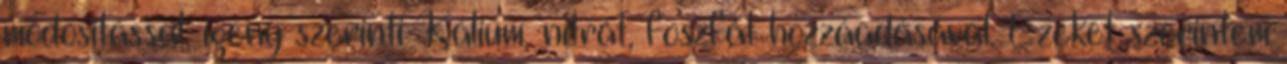
módositással, igény szerinti Kálium, nitrát, foszfát hozzáadásával. Ezeket szerintem